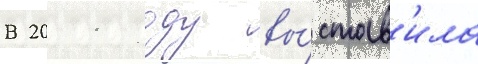
В 2011 году вы́став'ила